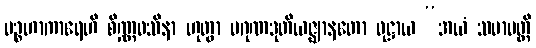
ပဉ္စဟာကာရေဟိ စိဏ္ဏဝသိနာ ဟုတွာ ပဂုဏဒုတိယဇ္ဈာနတော ဝုဋ္ဌာယ “အယံ သမာပတ္တိ